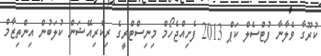
ކުރޫގާ ވެލާނާ ފުޓްސެލް ކަޕް 2013 ފެށިއްޖެހޯމް މިނިސްޓްރީގެ ރިކްރިއޭޝަން ކުލަބުން އިންތިޒާމް